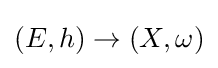
(E,h)\to (X,\omega )